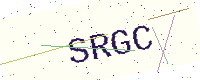
Text: SRGC